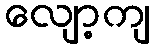
လျော့ကျ